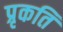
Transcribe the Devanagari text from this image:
प्रृकति